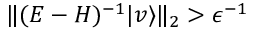
\| ( E - H ) ^ { - 1 } | v \rangle \| _ { 2 } > \epsilon ^ { - 1 }